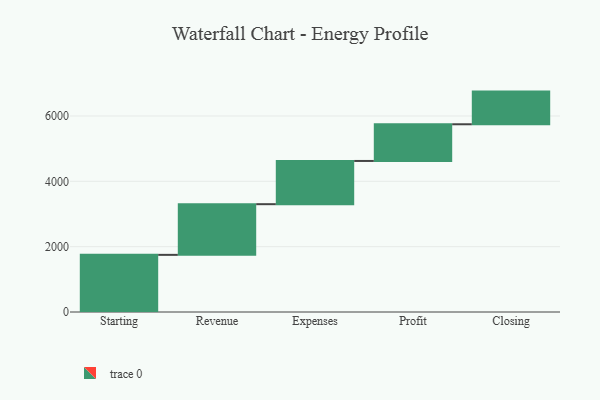
{"axis": {"x": "Step", "y": "Value"}, "legend": [""], "data": [{"x": "Starting", "y": 1749.0, "type": ""}, {"x": "Revenue", "y": 1551.0, "type": ""}, {"x": "Expenses", "y": 1323.0, "type": ""}, {"x": "Profit", "y": 1123.0, "type": ""}, {"x": "Closing", "y": 1000, "type": ""}]}